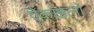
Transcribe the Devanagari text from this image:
ऐकाइलो